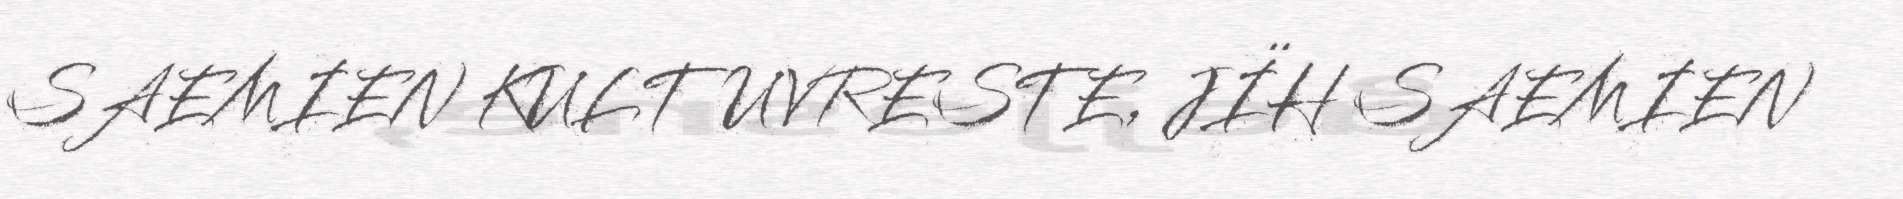
SAEMIEN KULTUVRESTE, JÏH SAEMIEN